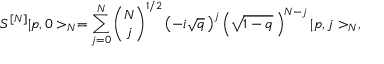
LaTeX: S ^ { [ N ] } \vert p , 0 > _ { N } = \sum _ { j = 0 } ^ { N } { \binom { N } { j } } ^ { 1 / 2 } \left( - i \sqrt { q } \, \right) ^ { j } \left( \sqrt { 1 - q } \, \right) ^ { N - j } \vert p , j > _ { N } ,